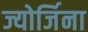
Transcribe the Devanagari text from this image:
ज्योर्जिना